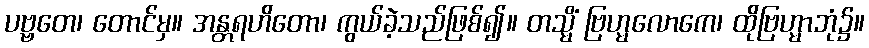
ပဗ္ဗတေ၊ တောင်မှ။ အန္တရဟိတော၊ ကွယ်ခဲ့သည်ဖြစ်၍။ တသ္မိံ ဗြဟ္မလောကေ၊ ထိုဗြဟ္မာဘုံ၌။